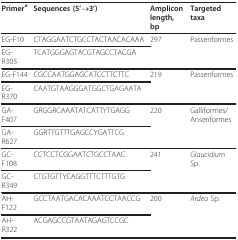
<table><thead><tr><td><b>Primer<sup>a</sup></b></td><td><b>Sequences (5&#x27;→3&#x27;)</b></td><td><b>Ampliconlength, bp</b></td><td><b>Targeted taxa</b></td></tr></thead><tbody><tr><td>EG-F10</td><td>CTAGGAATCTGCCTACTAACACAAA</td><td>297</td><td>Passeriformes</td></tr><tr><td>EG-R305</td><td>TCATGGGAGTACGTAGCCTACGA</td><td></td><td></td></tr><tr><td>EG-F144</td><td>CGCCAATGGAGCATCCTTCTTC</td><td>219</td><td>Passeriformes</td></tr><tr><td>EG-R370</td><td>CAATGTAAGGGATGGCTGAGAATA</td><td></td><td></td></tr><tr><td>GA-F407</td><td>GRGGRCAAATATCATTYTGAGG</td><td>220</td><td>Galliformes/Anseriformes</td></tr><tr><td>GA-R627</td><td>GGRTTGTTTGAGCCYGATTCG</td><td></td><td></td></tr><tr><td>GC-F108</td><td>CCTCCTCGGAATCTGCCTAAC</td><td>241</td><td><i>Glaucidium </i>Sp.</td></tr><tr><td>GC-R349</td><td>CTGTGTTYCAGGTTTCTTTGTG</td><td></td><td></td></tr><tr><td>AH-F122</td><td>GCCTAATGACACAAATCCTAACCG</td><td>200</td><td><i>Ardea </i>Sp.</td></tr><tr><td>AH-R322</td><td>ACGAGCCGTAATAGAGTCCGC</td><td></td><td></td></tr></tbody></table>